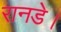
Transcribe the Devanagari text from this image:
रानडे।